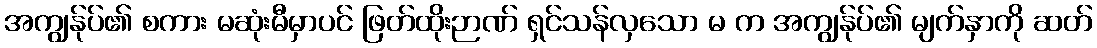
အကျွန်ုပ်၏ စကား မဆုံးမီမှာပင် ဖြတ်ထိုးဉာဏ် ရှင်သန်လှသော မ က အကျွန်ုပ်၏ မျက်နှာကို ဆတ်